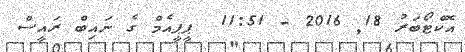
އޮކްޓޯބަރު 18